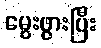
မွေးဖွားပြီး